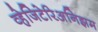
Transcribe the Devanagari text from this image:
व्हेजिटेरिअनिझम